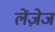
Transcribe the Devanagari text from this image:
लेंज़ेज